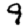
Digit: 9